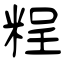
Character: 𥺆